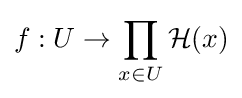
f:U\to \prod _{x\in U}{\mathcal {H}}(x)